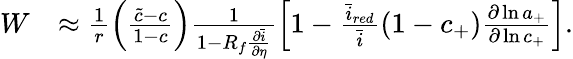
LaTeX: \begin{array}{rl}{W}&{\approx\frac{1}{r}\left(\frac{\tilde{c}-c}{1-c}\right)\frac{1}{1-R_{f}\frac{\partial\bar{i}}{\partial\eta}}\left[1-\frac{\bar{i}_{red}}{\bar{i}}\left(1-c_{+}\right)\frac{\partial\ln{a_{+}}}{\partial\ln{c_{+}}}\right].}\end{array}